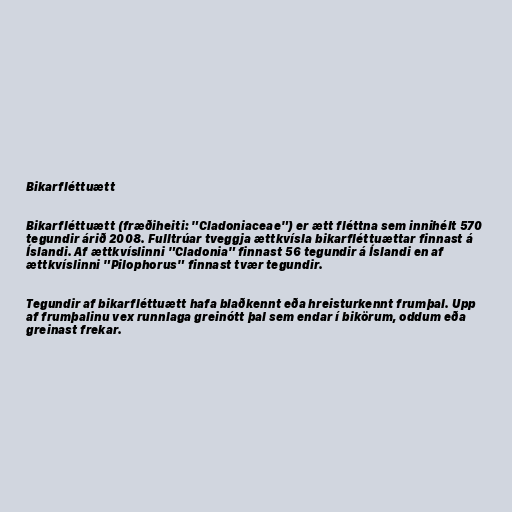
Bikarfléttuætt

Bikarfléttuætt (fræðiheiti: "Cladoniaceae") er ætt fléttna sem innihélt 570
tegundir árið 2008. Fulltrúar tveggja ættkvísla bikarfléttuættar finnast á
Íslandi. Af ættkvíslinni "Cladonia" finnast 56 tegundir á Íslandi en af
ættkvíslinni "Pilophorus" finnast tvær tegundir.

Tegundir af bikarfléttuætt hafa blaðkennt eða hreisturkennt frumþal. Upp
af frumþalinu vex runnlaga greinótt þal sem endar í bikörum, oddum eða
greinast frekar.